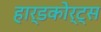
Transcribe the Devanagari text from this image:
हार्डकोर्ट्स